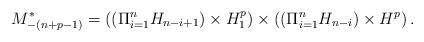
LaTeX: \begin{align*}M_{-(n+p-1)}^{\ast}=\displaystyle{((\Pi_{i=1}^{n} H_{n-i+1})\times H_1^p) \times ((\Pi_{i=1}^{n} H_{n-i})\times H^p)}\,.\end{align*}